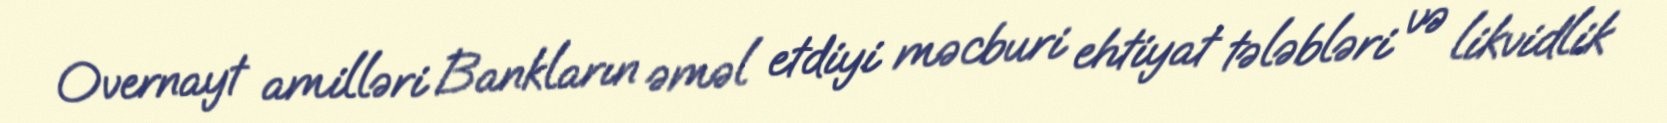
Overnayt amilləri Bankların əməl etdiyi məcburi ehtiyat tələbləri və likvidlik